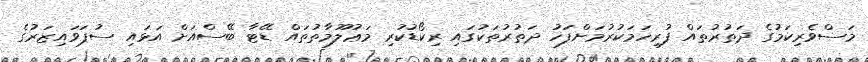
މަސްވެރިކަމުގެ ދަތުރުތައް ފުރިހަމަކުރުމަށްފަހު ދަތުރުތަކުގައި ރިކޯޑުކުރި މަޢުލޫމާތުތައް ޑޭޓާ ބޭސްއަށް އަޅައި ސުޕަވައިޒަރުގެ